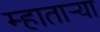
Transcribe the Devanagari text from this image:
म्हातार्‍या